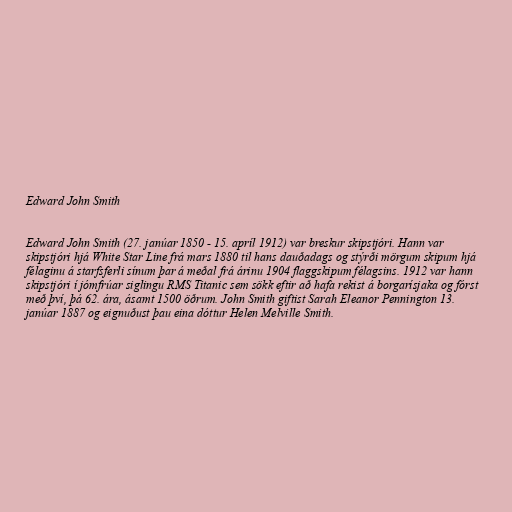
Edward John Smith

Edward John Smith (27. janúar 1850 - 15. apríl 1912) var breskur skipstjóri. Hann var
skipstjóri hjá White Star Line frá mars 1880 til hans dauðadags og stýrði mörgum skipum hjá
félaginu á starfsferli sínum þar á meðal frá árinu 1904 flaggskipum félagsins. 1912 var hann
skipstjóri í jómfrúar siglingu RMS Titanic sem sökk eftir að hafa rekist á borgarísjaka og fórst
með því, þá 62. ára, ásamt 1500 öðrum. John Smith giftist Sarah Eleanor Pennington 13.
janúar 1887 og eignuðust þau eina dóttur Helen Melville Smith.